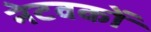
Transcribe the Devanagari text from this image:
नेटवकों